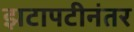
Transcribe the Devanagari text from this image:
झटापटीनंतर